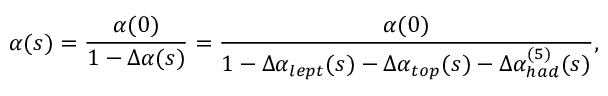
\alpha ( s ) = \frac { \alpha ( 0 ) } { 1 - \Delta \alpha ( s ) } = \frac { \alpha ( 0 ) } { 1 - \Delta \alpha _ { l e p t } ( s ) - \Delta \alpha _ { t o p } ( s ) - \Delta \alpha _ { h a d } ^ { ( 5 ) } ( s ) } ,